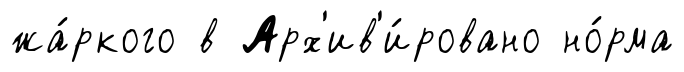
жа́ркого в Арх'ив'и́ровано но́рма